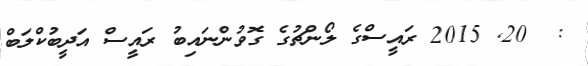
:  20